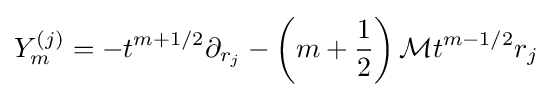
Y_{m}^{(j)}=-t^{m+1/2}\partial _{r_{j}}-\left(m+{1 \over 2}\right){\cal {M}}t^{m-1/2}r_{j}